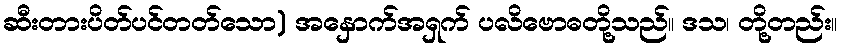
ဆီးတားပိတ်ပင်တတ်သော) အနှောက်အရှက် ပလိဗောဓတို့သည်။ ဒသ၊ တို့တည်း။